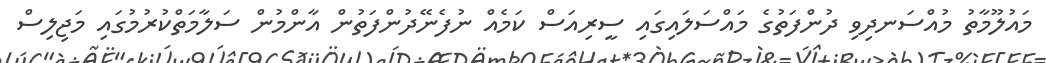
މައުލޫމާތު މުއްސަނދިވި ދުންފަތުގެ މައްސަލައިގައި ސީރިއަސް ކަމެއް ނުފެނޭދުންފަތުން އާންމުން ސަލާމަތްކުރުމުގައި މަޖިލިސް